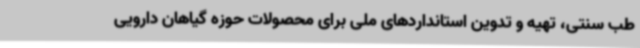
طب سنتی، تهیه و تدوین استانداردهای ملی برای محصولات حوزه گیاهان دارویی